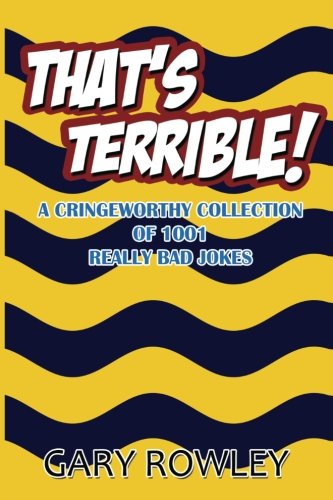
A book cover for That's Terrible! A Cringeworthy Collection of 1001 Really Bad Jokes; Gary Rowley; Humor & Entertainment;